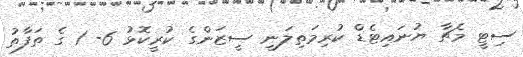
ސިޓީ މެޗާ ޔުނައިޓެޑް ކުރިމަތިލަނީ ސީޒަންގެ ކުރީކޮޅު 6- 1 ގެ ތަފާތު